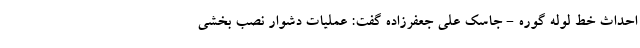
احداث خط لوله گوره - جاسک علی جعفرزاده گفت: عملیات دشوار نصب بخشی